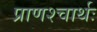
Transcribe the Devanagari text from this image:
प्राणश्चार्थः